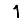
Digit: 1